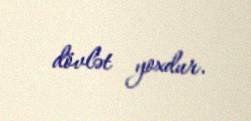
dövlət yoxdur.